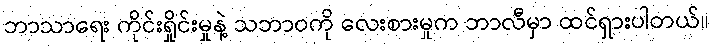
ဘာသာရေး ကိုင်းရှိုင်းမှုနဲ့ သဘာဝကို လေးစားမှုက ဘာလီမှာ ထင်ရှားပါတယ်။